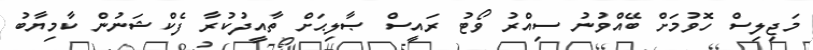
މަޖިލިސް ހޮވުމަށް ބޭއްވުނު ސިއްރު ވޯޓު ރައީސް ޞާލިޙަށް ތާއީދުކުރާ ފެކްޝަނުން ކާމިޔާބު